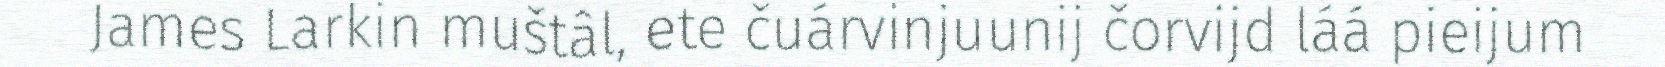
James Larkin muštâl, ete čuárvinjuunij čorvijd láá pieijum